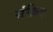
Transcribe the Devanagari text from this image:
संक्रिय